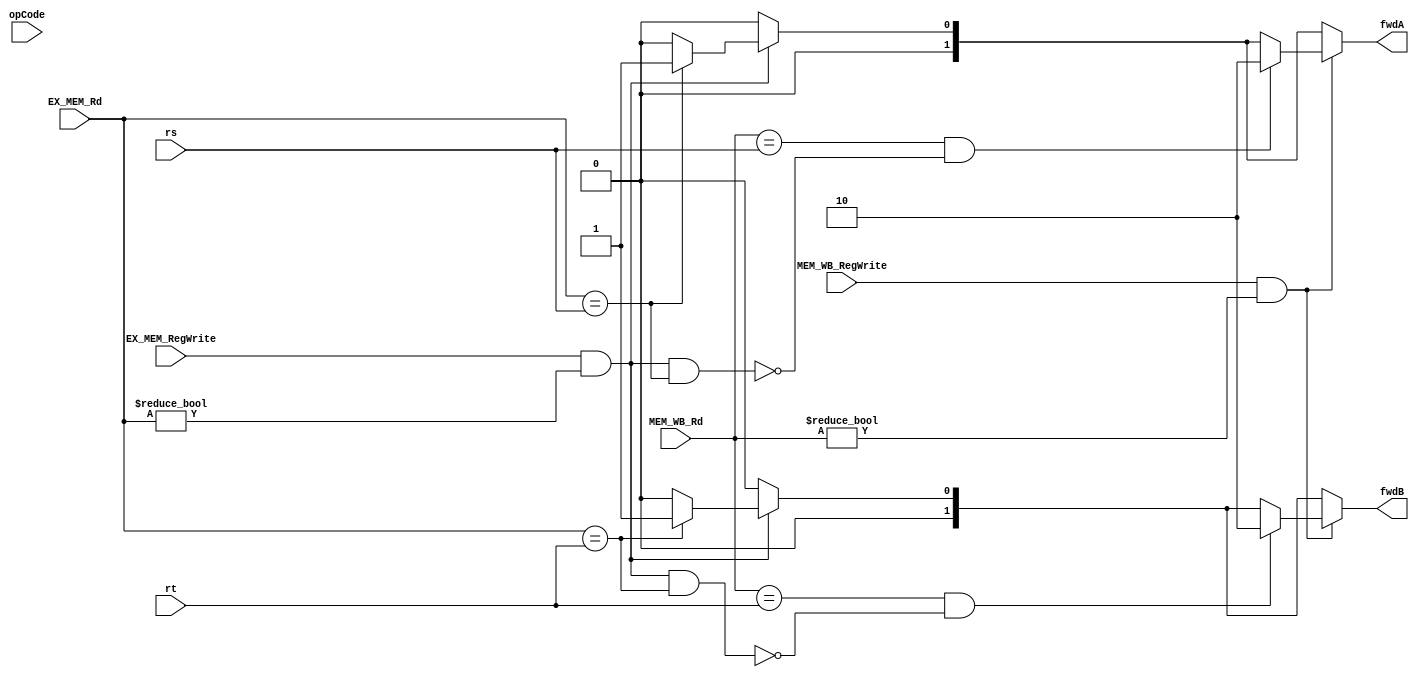
module fwdUnit(rs, rt, EX_MEM_Rd, MEM_WB_Rd, EX_MEM_RegWrite, MEM_WB_RegWrite, opCode, fwdA, fwdB);
	input [3:0] rs, rt, EX_MEM_Rd, MEM_WB_Rd;
	input [3:0] opCode; //opcode from the ID/EX register
	input EX_MEM_RegWrite, MEM_WB_RegWrite;

	output reg[1:0] fwdA, fwdB;

always @(*) begin
	//Execution hazard formula
	fwdA = 0;
	fwdB = 0;
	if(EX_MEM_RegWrite && (EX_MEM_Rd != 0)) begin
		if(EX_MEM_Rd == rs) begin
			fwdA = 1; 
		end
		if(EX_MEM_Rd == rt) begin
			fwdB = 1; 
		end
	end

	//Memory Hazard formula
	if(MEM_WB_RegWrite && (MEM_WB_Rd != 0)) begin
		//if(!((EX_MEM_RegWrite && (EX_MEM_Rd != 0)) && ((EX_MEM_Rd == rs)||(EX_MEM_Rd == rt)))) begin
			if((MEM_WB_Rd == rs) && (!(EX_MEM_RegWrite && (EX_MEM_Rd != 0) && (EX_MEM_Rd == rs)))) begin
				fwdA = 2;
			end
			if((MEM_WB_Rd == rt) && (!(EX_MEM_RegWrite && (EX_MEM_Rd != 0) && (EX_MEM_Rd == rt)))) begin
				fwdB = 2;
			end
		//end
	end
end

endmodule